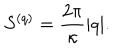
LaTeX: S ^ { ( q ) } = { \frac { 2 \pi } { \kappa } } | q | .